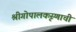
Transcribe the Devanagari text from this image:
श्रीगोपालकृस्णाची